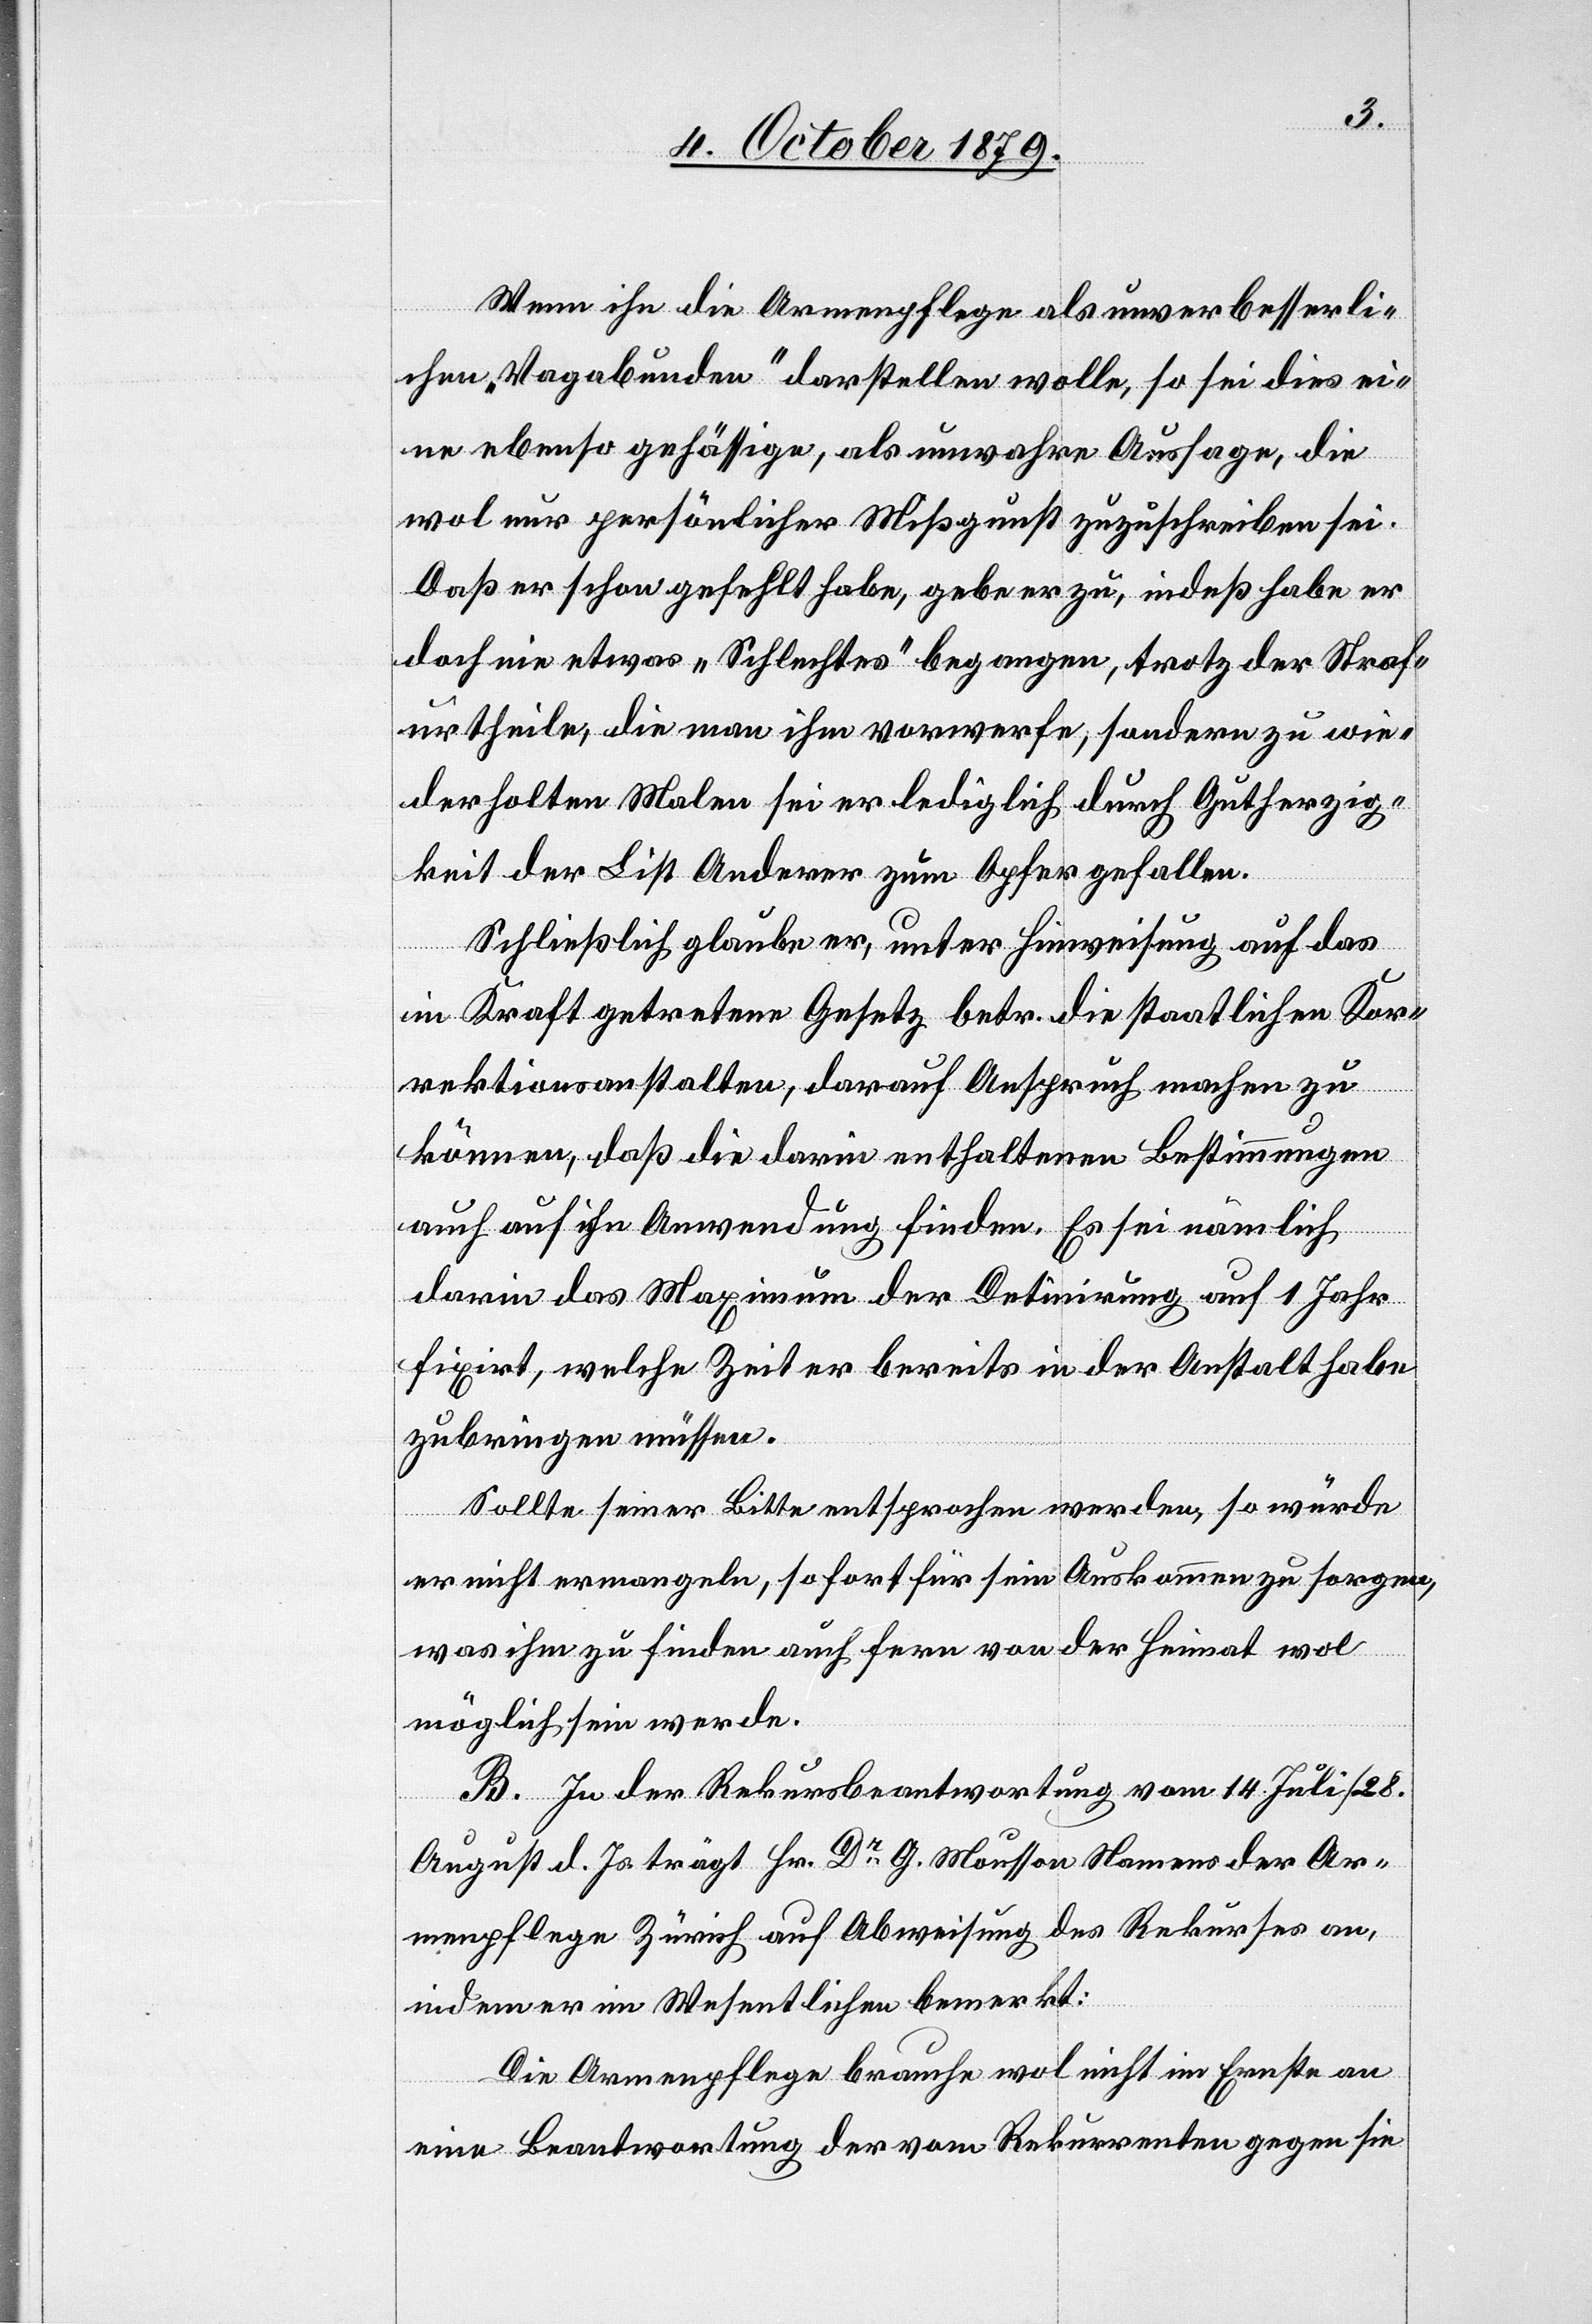
Wenn ihn die Armenpflege als unverbesserli¬
chen „Vagabunden“ darstellen wolle, so sei dies ei¬
ne ebenso gefällige, als unwahre Aussage, die
wol nur persönlicher Mißgunst zuzuschreiben sei.
Daß er schon gefehlt habe, gebe er zu, indeß habe er
doch nie etwas „Schlechtes“ begangen, trotz der Straf¬
urtheile, die man ihm vorwerfe, sondern zu wie¬
derholten Malen sei er lediglich durch Gutherzig¬
keit der List Anderer zum Opfer gefallen.
Schließlich glaube er, unter Hinweisung auf das
in Kraft getretene Gesetz betr. die staatlichen Kor¬
rektionsanstalten, darauf Anspruch machen zu
können, daß die darin enthaltenen Bestimmungen
auch auf ihn Anwendung finden. Es sei nämlich
darin das Maximum der Detinirung auf 1 Jahr
fixirt, welche Zeit er bereits in der Anstalt habe
zubringen müssen.
Sollte seiner Bitte entsprochen werden, so würde
er nicht ermangeln, sofort für sein Auskommen zu sorgen,
was ihm zu finden auch fern von der Heimat wol
möglich sein werde.
B. Zu der Rekursbeantwortung vom 14. Juli/28.
August d. Js. trägt Hr. Dr G. Mousson Namens der Ar¬
menpflege Zürich auf Abweisung des Rekurses an,
indem er im Wesentlichen bemerkt:
Die Armenpflege brauche wol nicht im Ernste an
eine Beantwortung der vom Rekurrenten gegen sie